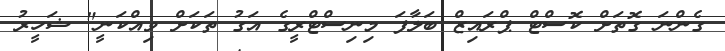
ގެންނަ ގޮތަށް ކޮސްޓް ޕްރައިޒް ބަލާފަ މިނިސްޓްރީގެ އަގު ތަކަށް ވިއްކަނީ" ޝަހީރު